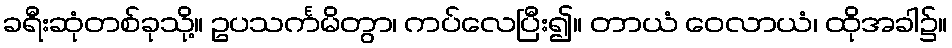
ခရီးဆုံတစ်ခုသို့။ ဥပသင်္ကမိတွာ၊ ကပ်လေပြီး၍။ တာယံ ဝေလာယံ၊ ထိုအခါ၌။